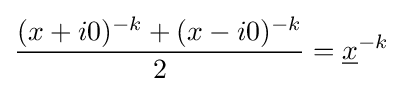
{\frac {(x+i0)^{-k}+(x-i0)^{-k}}{2}}={\underline {x}}^{-k}